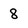
Character: 8